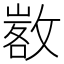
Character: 𢾷